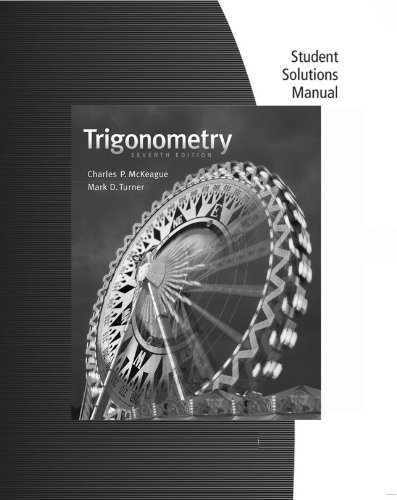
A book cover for Student Solutions Manual for McKeague/Turner's Trigonometry, 7th; Charles P. McKeague; Science & Math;